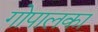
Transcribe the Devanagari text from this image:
गोपालका